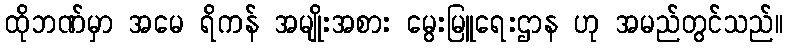
ထိုဘဏ်မှာ အမေ ရိကန် အမျိုးအစား မွေးမြူရေးဌာန ဟု အမည်တွင်သည်။